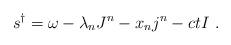
LaTeX: \begin{align*} s^\dag = \omega - \lambda_n J^n - x_n j^n - ct I~.\end{align*}